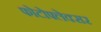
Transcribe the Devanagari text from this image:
फोटोफ्लेक्सर